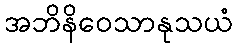
အဘိနိဝေသာနုသယံ